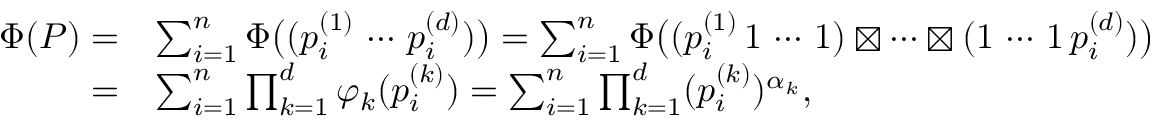
\begin{array} { r l } { \Phi ( P ) = } & { \sum _ { i = 1 } ^ { n } \Phi \big ( ( p _ { i } ^ { ( 1 ) } \, \cdots \, p _ { i } ^ { ( d ) } ) \big ) = \sum _ { i = 1 } ^ { n } \Phi \big ( ( p _ { i } ^ { ( 1 ) } \, 1 \, \cdots \, 1 ) \boxtimes \cdots \boxtimes ( 1 \, \cdots \, 1 \, p _ { i } ^ { ( d ) } ) \big ) } \\ { = } & { \sum _ { i = 1 } ^ { n } \prod _ { k = 1 } ^ { d } \varphi _ { k } ( p _ { i } ^ { ( k ) } ) = \sum _ { i = 1 } ^ { n } \prod _ { k = 1 } ^ { d } ( p _ { i } ^ { ( k ) } ) ^ { \alpha _ { k } } , } \end{array}